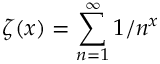
\zeta ( x ) = \sum _ { n = 1 } ^ { \infty } 1 / n ^ { x }